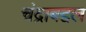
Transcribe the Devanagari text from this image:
चंद्राबद्दल